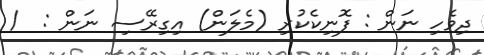
ދިވެހި ނަން : ފޮނިކެކުރި (މެލަން) އިގިރޭސި ނަން :  /